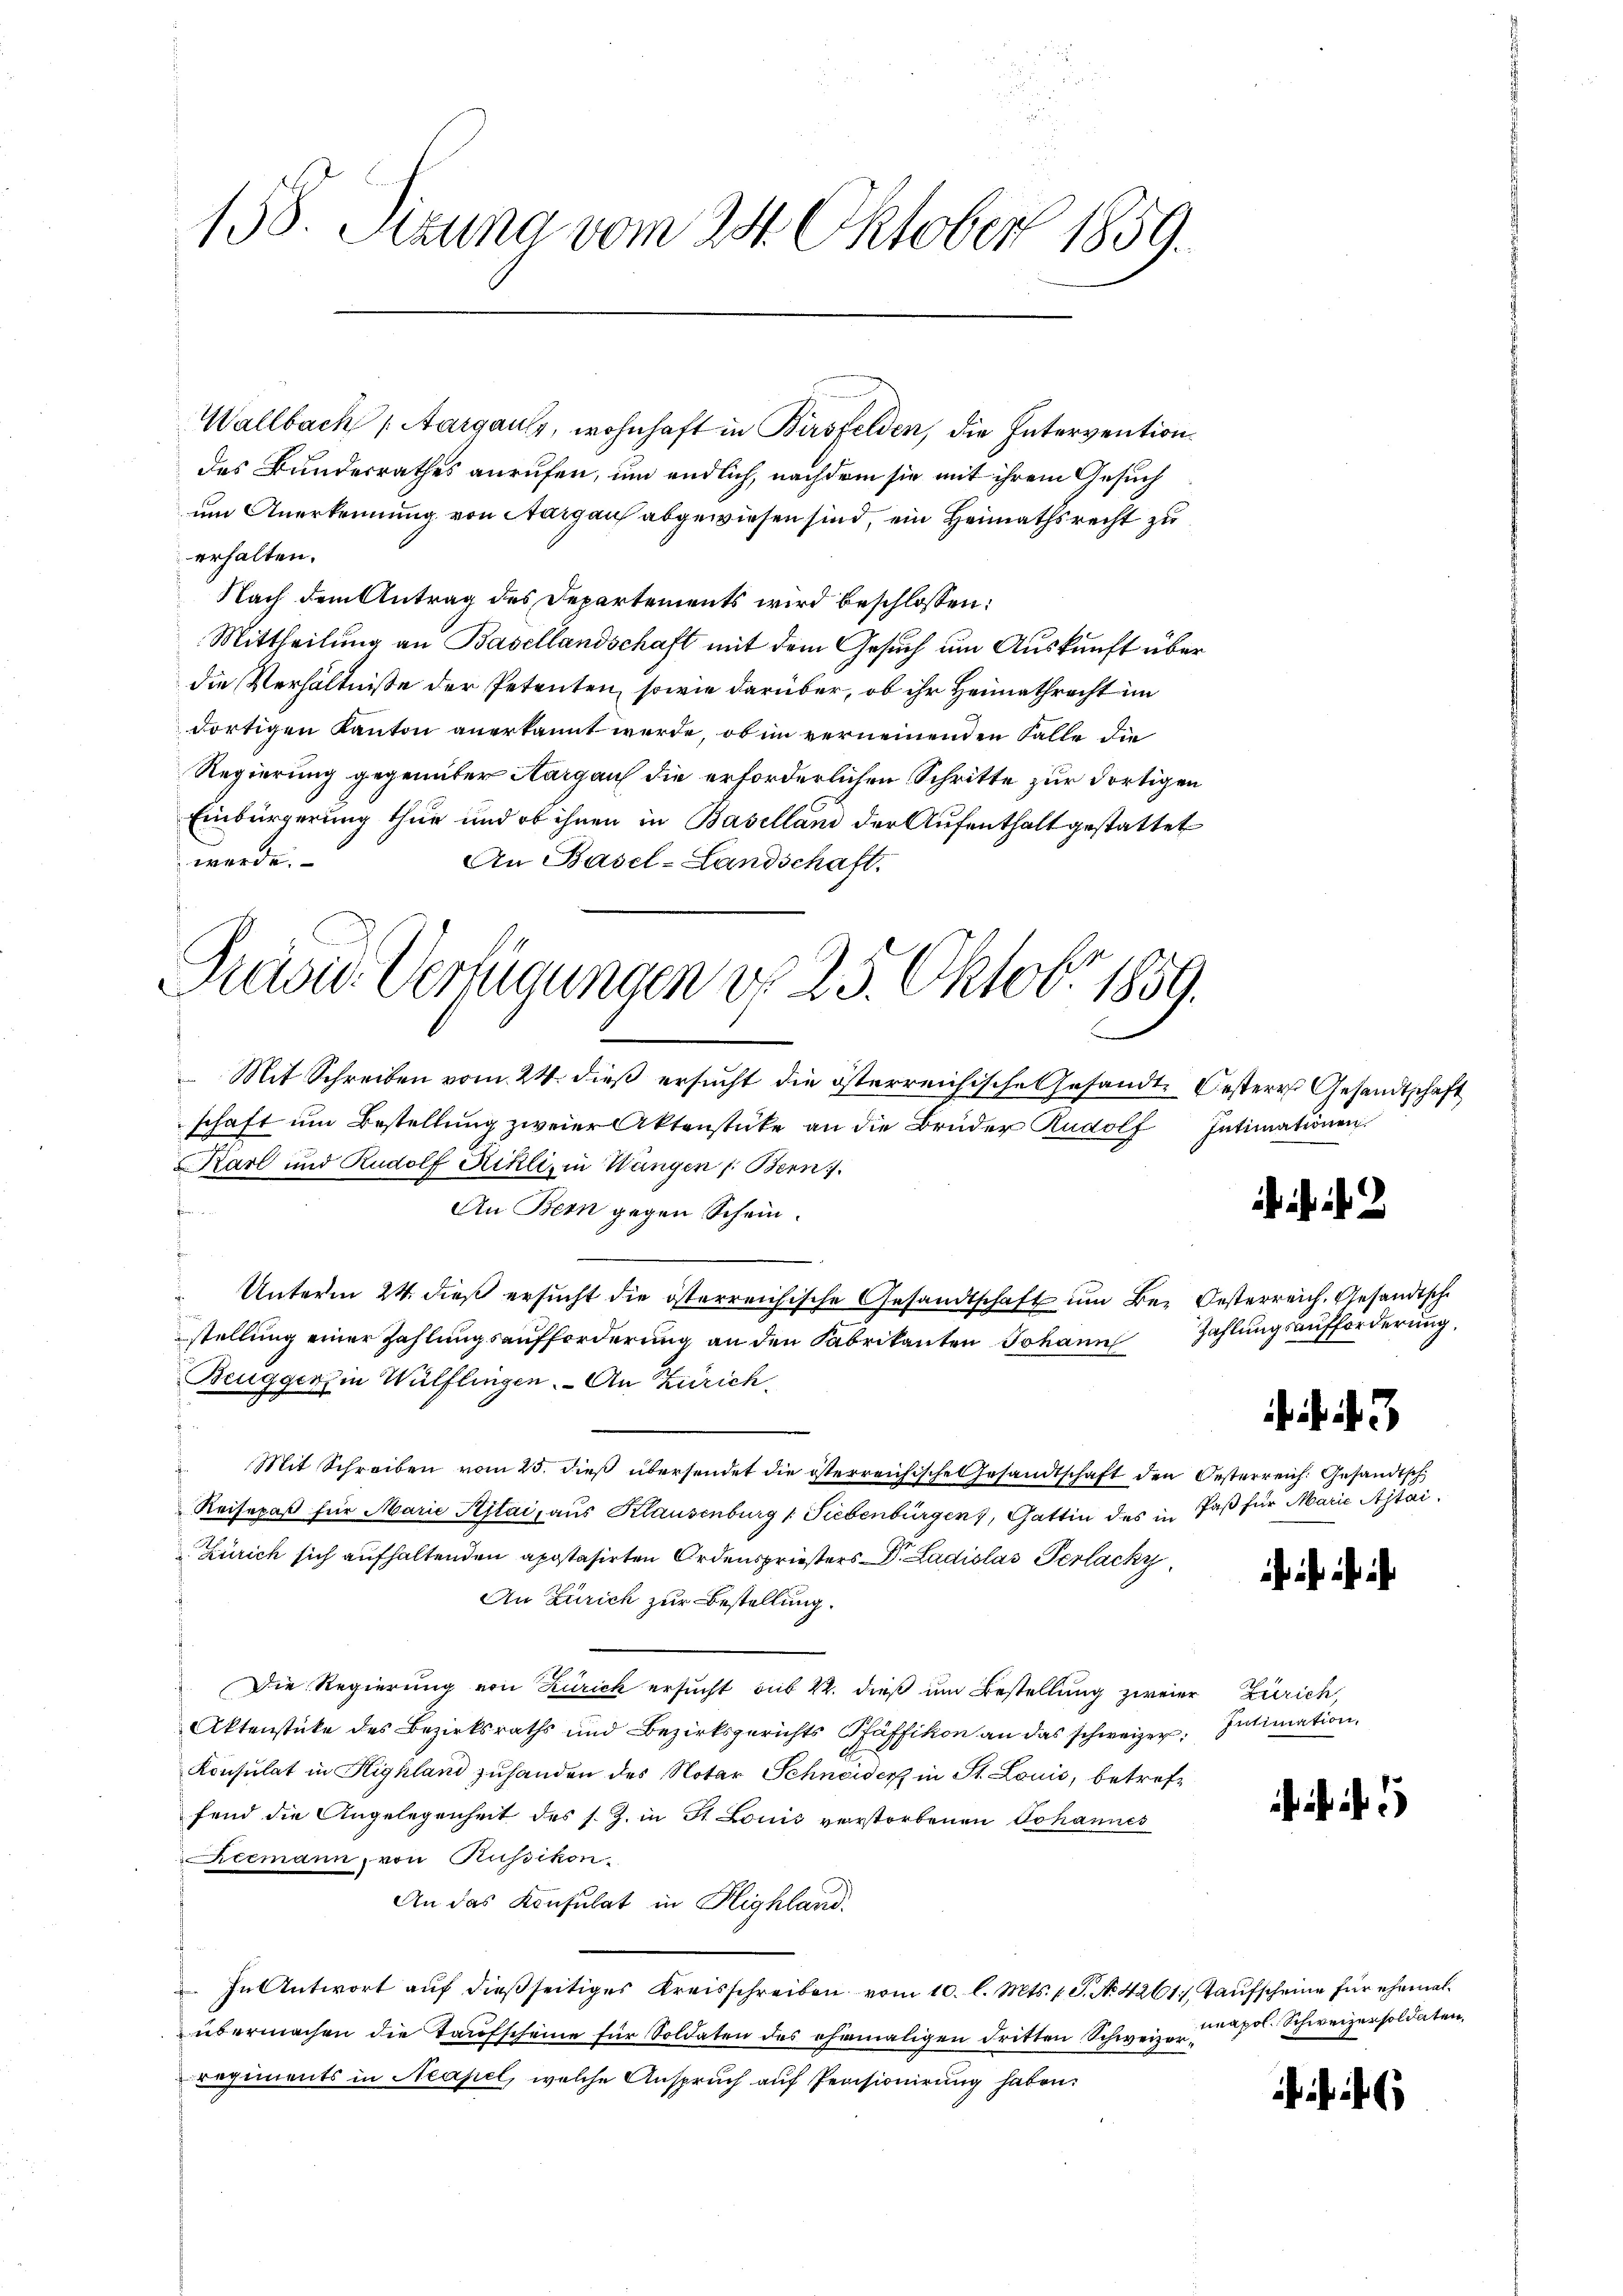
158. Setzung vom 24. Oktober 1859.

Wallbach Aargaus, wohnhaft in Birsfelden, die Intervention
des Bundesrathes anrufen, um endlich, nachdem sie mit ihrem Gesuch
um Anerkennung von Aargau abgewiesen sind, ein Heimathsrecht zu
erhalten.
Nach dem Antrag des Departements wird beschlossen:
Mittheilung an Basellandschaft mit dem Gesuch um Auskunft über
die Verhältnisse der Petenten, sowie darüber, ob ihr Heimathrecht im
dortigen Kanton anerkannt werde, ob im verneinenden Falle die
Regierung gegenüber Aargauf die erforderlichen Schritte zur dortigen
Einbürgerung thue und ob ihnen in Baselland der Aufenthalt gestattet
werde.
An Basel-Landschaft.
Mit Schreiben vom 24. dieß ersucht die österreichische Gesandte Oesteres Gesandtschaft
schaft um Bestellung zweier Aktenstücke an die Brüder Rudolf Intimationen
Karl und Rudolf Rikli, in Wangen /: Bern.

An Bern gegen Schein
Unterm 24. dieß ersucht die österreichische Gesandtschaft um Be- Oesterreich, Gesandtsch
stellung einer Zahlungsaufforderung an den Fabrikanten Johann Zahlungsaufforderung
Beugger in Wülflingen. An Zürich,
Mit Schreiben vom 25. dieß übersendet die österreichische Gesandtschaft den Oesterreich. Gesandtsch
Reisepaß für Marie Pflai, aus Klausenburg (Siebenbürgen, Gattin des in Paß für Marie Astai¬
Zürich sich aufhaltenden apostasirten Ordenspriesters Dr. Ladislas Perlacky
An Zürich zur Bestellung.
Die Regierung von Zürich ersucht sub 22. dieß um Bestellung zweier Zürich,
Aktenstücke des Bezirksraths und Bezirksgerichts Pfäffikon an das schweizer, Intimation.
Konsulat in Highland zuhanden des Notar Schneider in St. Louis, betreffend die Angelegenheit des s. Z. in St. Louis verstorbenen Johannes
eemann, von Russikon,
An das Konsulat in Highland.
In Antwort aŭf dießseitiges Kreisschreiben vom 10. l. Mts. 1 S. No. 4261, Taufscheine für ehemalübermachen die Taufscheine für Soldaten des ehemaligen dritten Schweiz. apos. Schweizersoldaten.
regiments in Neapel, welche Anspruch auf Pensionirung haben.

Präsi- Verfügungen von 25. Oktobr 1859.

h i

3.

i a

h i